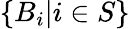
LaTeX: \{ B_{i}|i\in S\}